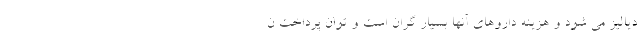
دیالیز می شود و هزینه داروهای آنها بسیار گران است و توان پرداخت ن